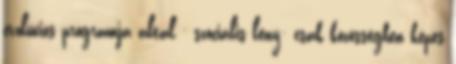
evolúciós programja által - szociális lény: csak közösségben képes